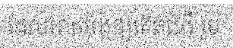
ដែលអាចបង្កឲ្យកើតជំងឺ រួម